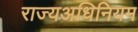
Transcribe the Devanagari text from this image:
राज्यअधिनियम